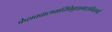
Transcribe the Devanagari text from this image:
केशववासवादिविबुधागाराभिरामां